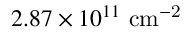
2 . 8 7 \times 1 0 ^ { 1 1 } ~ \mathrm { { c m } ^ { - 2 } }